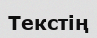
Текстің